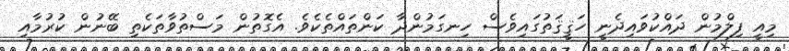
މިއީ ފިލްމުން ދައްކުވައިދެނީ ހަޤީޤަތުގައިވެސް ހިނގަމުންދާ ކަންތައްތެކެވެ. އެގޮތުން މަސްތުވާތަކެތި ބޭނުން ކުރުމާއި